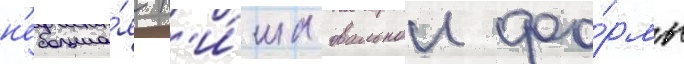
н'ебольша́я н'и́ша овальнои фо́рмы